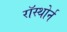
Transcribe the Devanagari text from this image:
रॉस्थोर्न